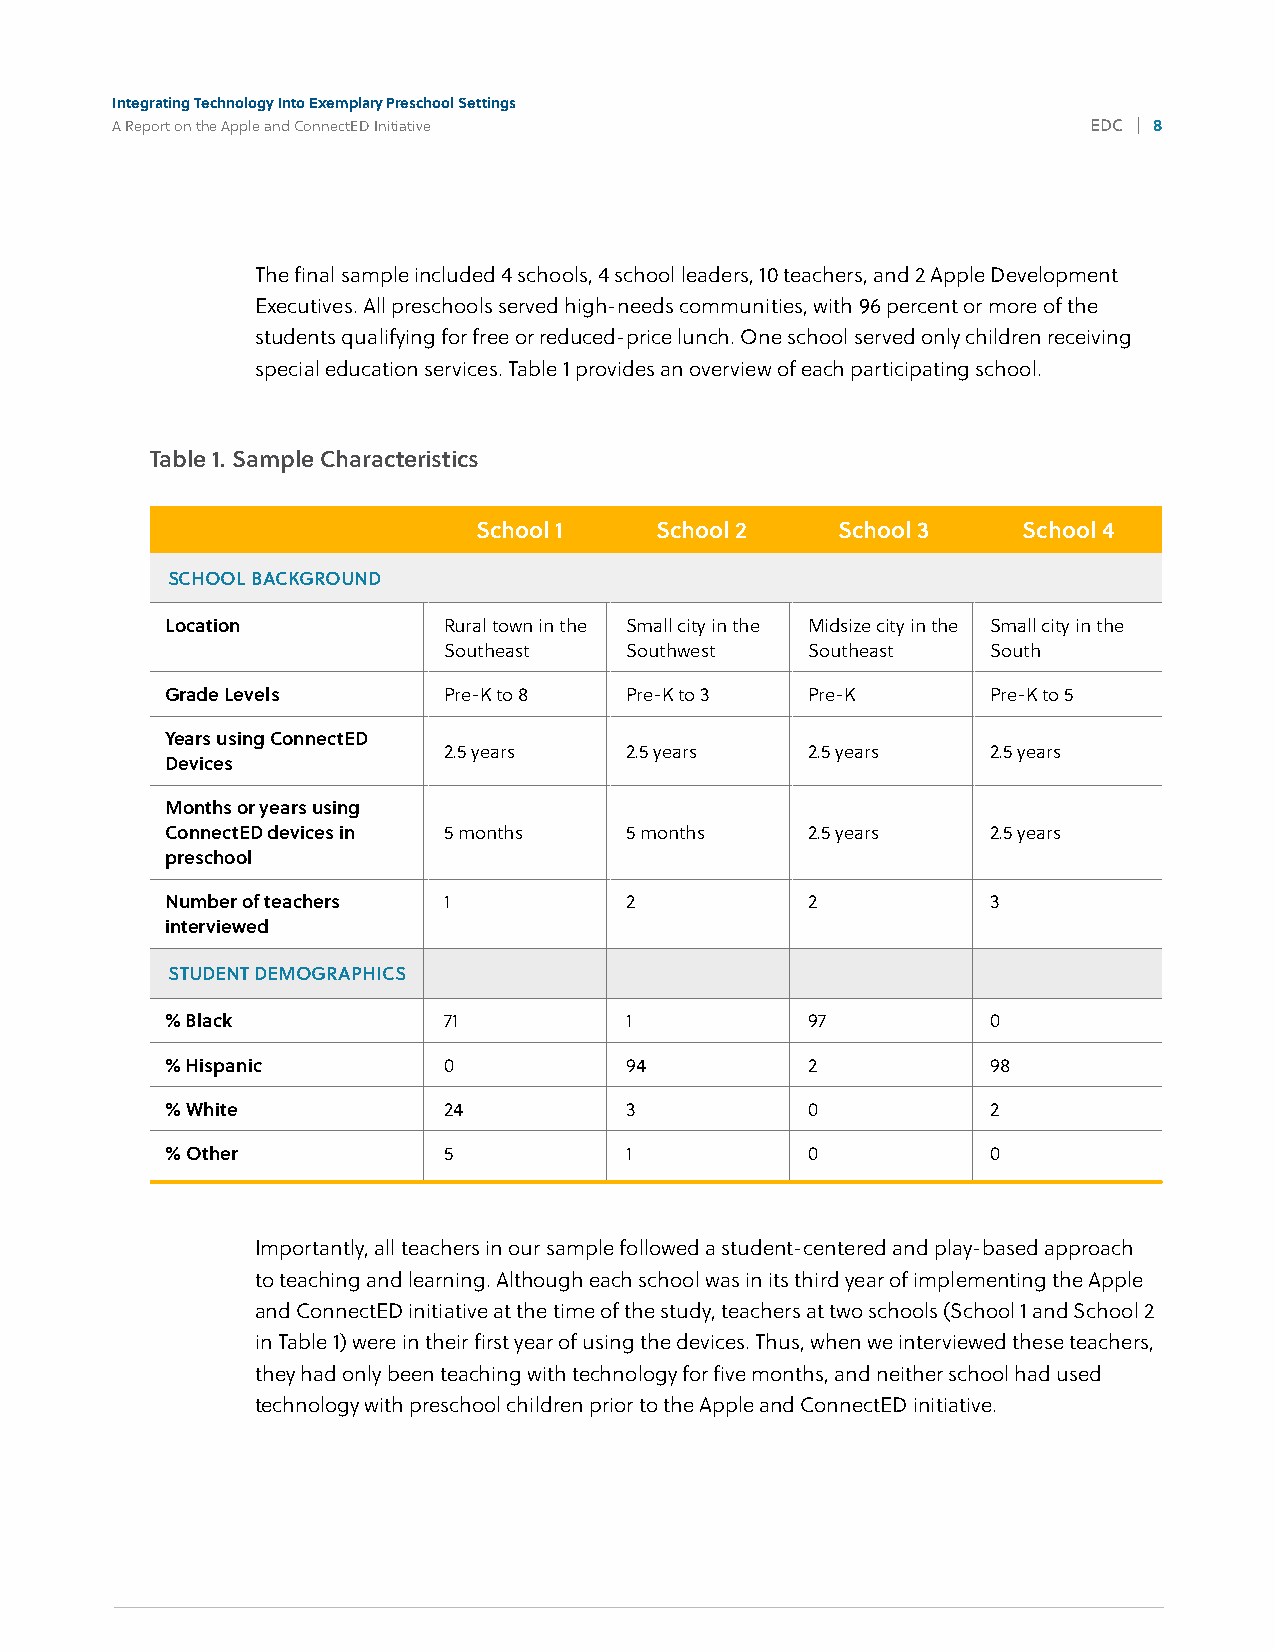
Integrating Technology Into Exemplary Preschool Settings
 A Report on the Apple and ConnectED Initiative                   EDC | 8
 4%
 The final sample included 4 schools, 4 school leaders, 10 teachers, and 2 Apple Development
 Executives. All preschools served high-needs communities, with 96 percent or more of the
 students qualifying for free or reduced-price lunch. One school served only children receiving
 special education services. Table 1 provides an overview of each participating school.
 Table 1. Sample Characteristics
 School 1   School 2    School 3     School 4
 SCHOOL BACKGROUND
 Location          Rural town in the Small city in the Midsize city in the Small city in the
 Southeast   Southwest   Southeast    South
 Grade Levels      Pre-K to 8  Pre-K to 3  Pre-K        Pre-K to 5
 Years using ConnectED
 2.5 years   2.5 years   2.5 years    2.5 years
 Devices
 Months or years using
 ConnectED devices in 5 months 5 months    2.5 years    2.5 years
 preschool
 Number of teachers 1          2           2            3
 interviewed
 STUDENT DEMOGRAPHICS
 % Black           71          1           97           0
 % Hispanic        0           94          2            98
 % White           24          3           0            2
 % Other           5           1           0            0
 Importantly, all teachers in our sample followed a student-centered and play-based approach
 to teaching and learning. Although each school was in its third year of implementing the Apple
 and ConnectED initiative at the time of the study, teachers at two schools (School 1 and School 2
 in Table 1) were in their first year of using the devices. Thus, when we interviewed these teachers,
 they had only been teaching with technology for five months, and neither school had used
 technology with preschool children prior to the Apple and ConnectED initiative.